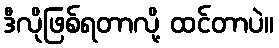
ဒီလိုဖြစ်ရတာလို့ ထင်တာပဲ။